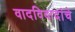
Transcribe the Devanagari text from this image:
वादविवादांचे